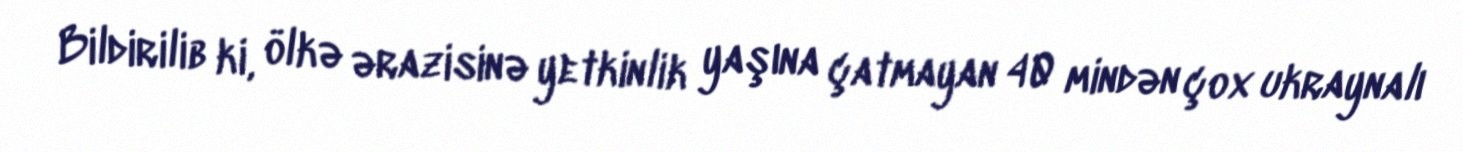
Bildirilib ki, ölkə ərazisinə yetkinlik yaşına çatmayan 40 mindən çox ukraynalı